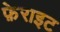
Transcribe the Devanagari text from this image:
फ़ेराइट